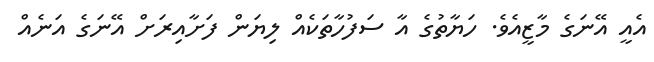
އެއީ އޭނަގެ މާޒީއެވެ. ހަޔާތުގެ އާ ސަފުހާތަކެއް ލިޔަން ފަށާއިރަށް އޭނަގެ އަނެއް